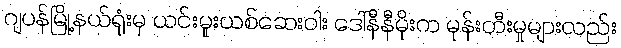
ဂျပန်မြို့နယ်ရုံးမှ ယင်းမူးယစ်ဆေးဝါး ဒေါ်နီနီမိုးက မုန်းတီးမှုများလည်း